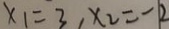
x _ { 1 } = 3 , x _ { 2 } = - 2